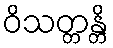
ဝိသတ္တန္တိ